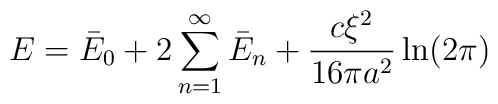
E=\bar E_0+2\sum_{n=1}^{\infty}\bar E_n+\frac{c\xi ^2}{16 \pi a^2}\ln (2 \pi)